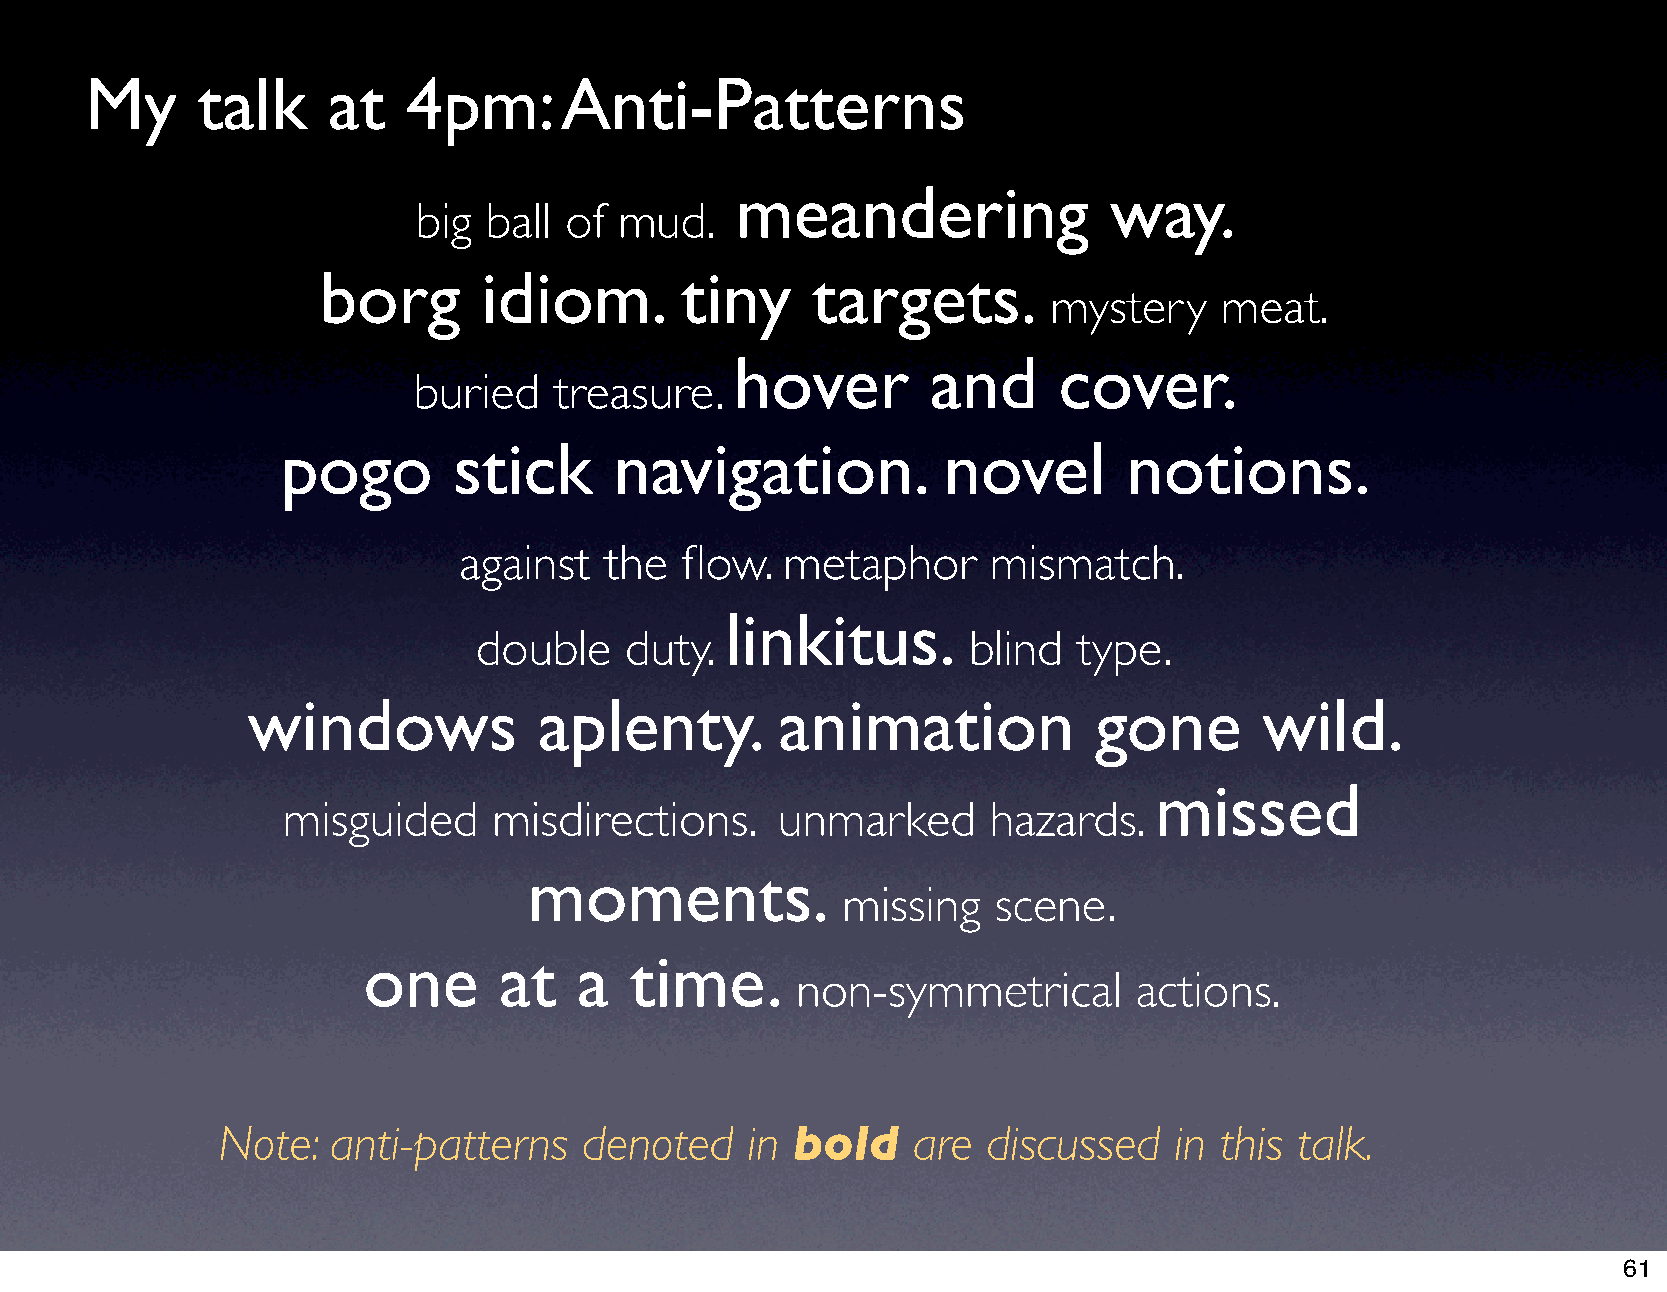
My     talk     at   4pm:      Anti-Patterns
 meandering              way.
 big ball of  mud.
 borg       idiom.       tiny     targets.
 mystery    meat.
 hover        and     cover.
 buried    treasure.
 pogo       stick      navigation.          novel        notions.
 against   the  flow.  metaphor      mismatch.
 linkitus.
 double    duty.                  blind  type.
 windows             aplenty.        animation            gone       wild.
 missed
 misguided     misdirections.    unmarked       hazards.
 moments.
 missing   scene.
 one      at   a   time.
 non-symmetrical       actions.
 Note:   anti-patterns    denoted   in bold    are  discussed    in this talk.
 61